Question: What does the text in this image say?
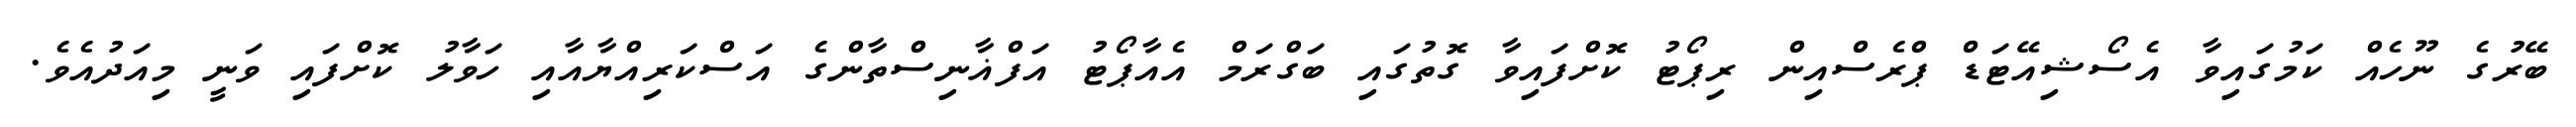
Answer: ބޭރުގެ ނޫހެއް ކަމުގައިވާ އެސޯޝިއޭޓަޑް ޕްރެސްއިން ރިޕޯޓު ކޮށްފައިވާ ގޮތުގައި ބަގްރަމް އެއާޕޯޓު އަފްޣާނިސްތާންގެ އަސްކަރިއްޔާއާއި ހަވާލު ކޮށްފައި ވަނީ މިއަދުއެވެ.